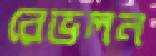
রেভলন